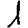
Digit: 1